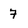
Character: 7